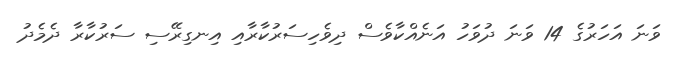
ވަނަ އަހަރުގެ 14 ވަނަ ދުވަހު އަނެއްކާވެސް ދިވެހިސަރުކާރާއި އިނގިރޭސި ސަރުކާރާ ދެމެދު